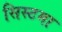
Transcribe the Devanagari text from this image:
सिस्टमा